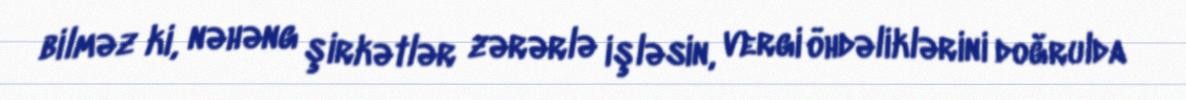
bilməz ki, nəhəng şirkətlər zərərlə işləsin, vergi öhdəliklərini doğrulda